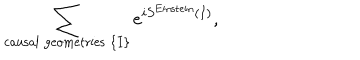
LaTeX: \sum _ { \mathrm { c a u s a l \; g e o m e t r i e s } \; \{ I \} } e ^ { i S ^ { \mathrm { E i n s t e i n } } ( I ) } ,